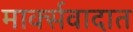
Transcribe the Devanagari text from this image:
मार्क्सवादात